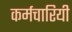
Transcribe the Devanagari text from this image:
कर्मचारियी